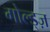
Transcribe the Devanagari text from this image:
गोल्ड्ज़